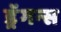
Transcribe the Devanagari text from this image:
ड्रॅगन्स